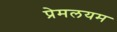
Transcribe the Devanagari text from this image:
प्रेमलयम